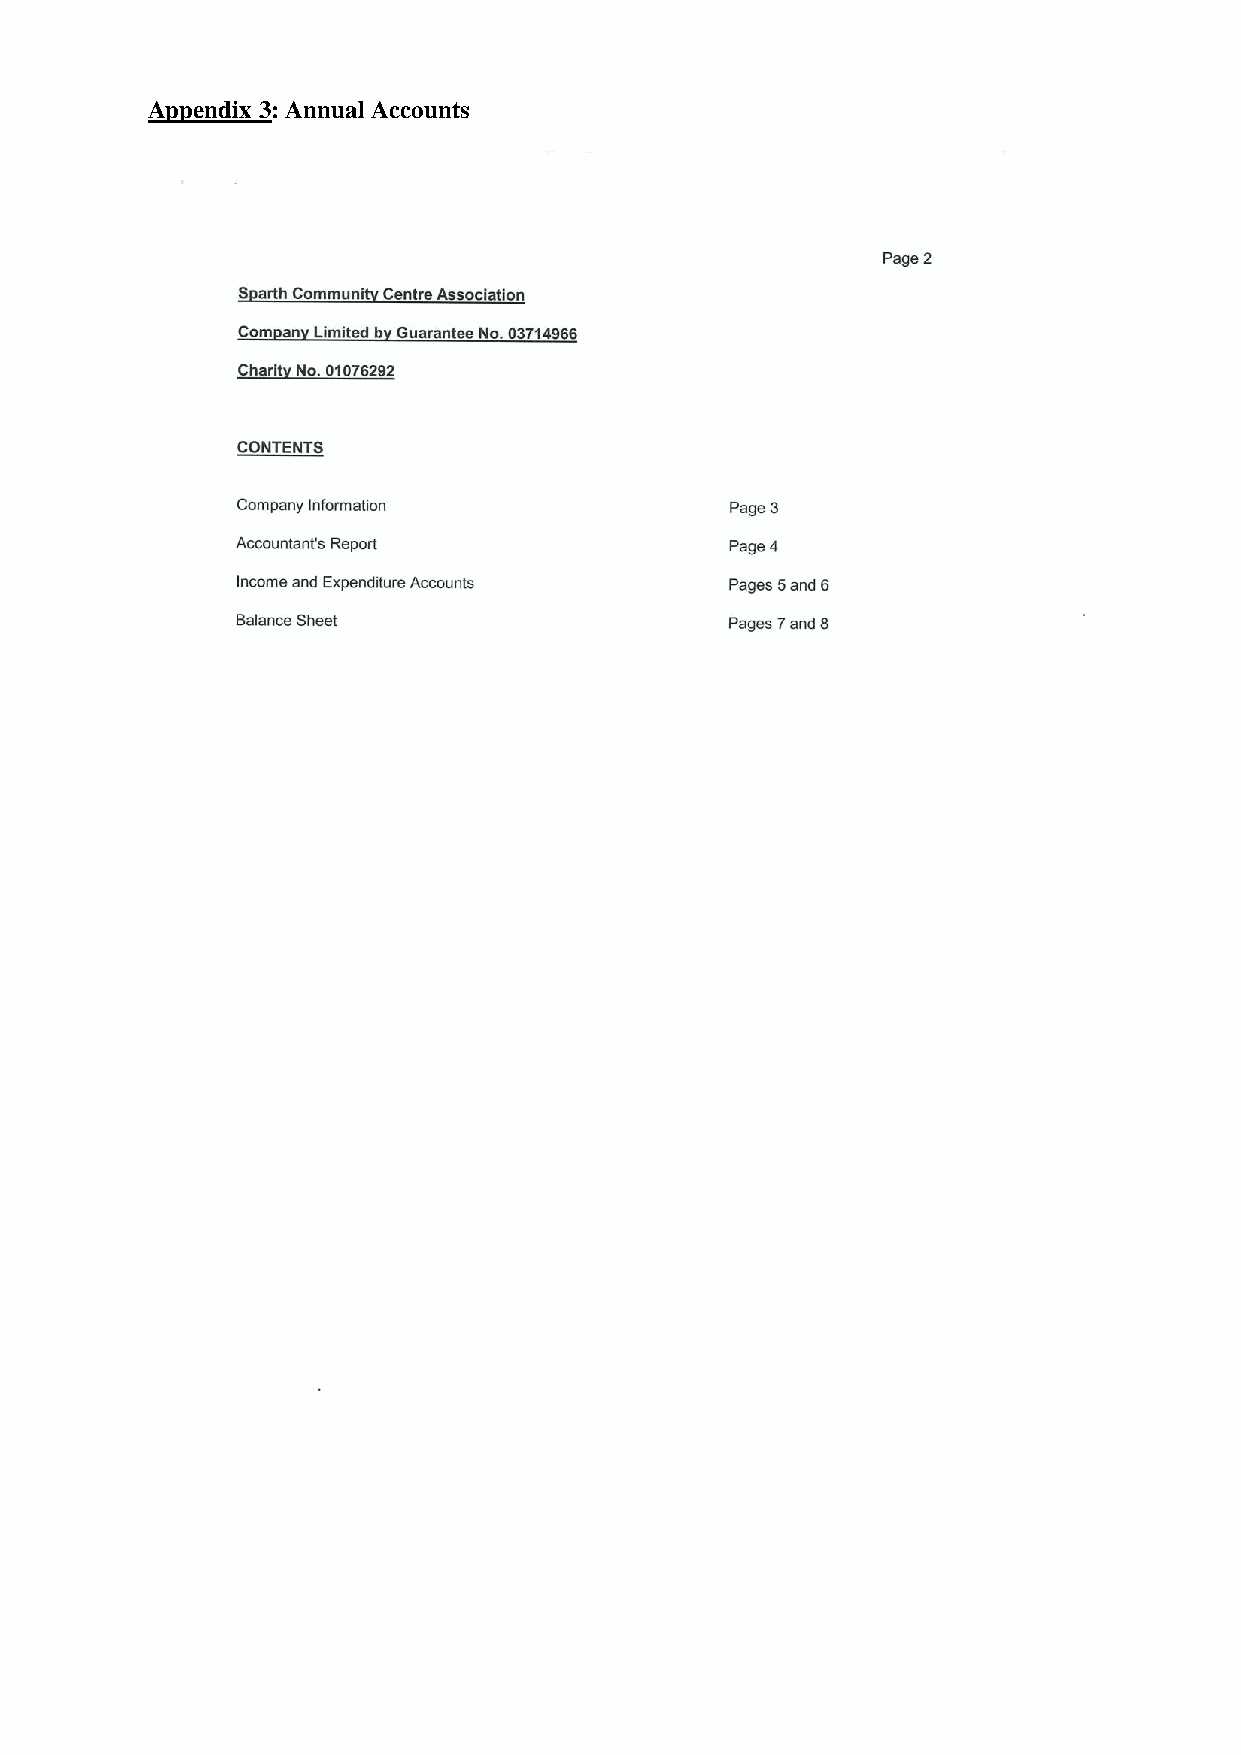
Appendix 3: Annual Accounts